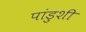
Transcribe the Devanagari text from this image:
पांडुशी